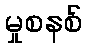
မှုစနစ်